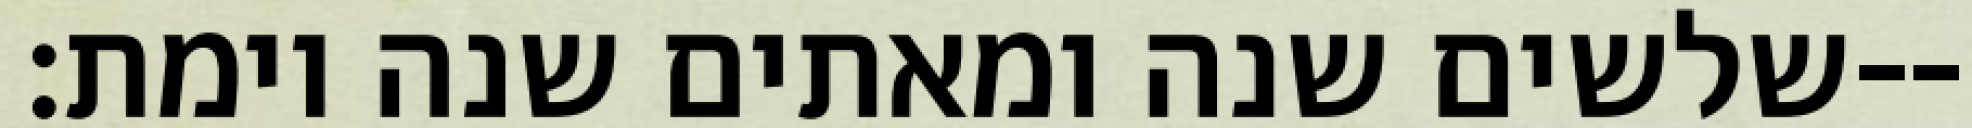
שלשים שנה ומאתים שנה וימת׃--